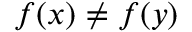
f ( x ) \ne f ( y )